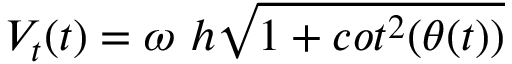
V _ { t } ( t ) = \omega \ h \sqrt { 1 + c o t ^ { 2 } ( \theta ( t ) ) }